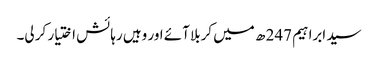
سید ابراہیم 247 ھ میں کربلا آئے اور وہیں رہائش اختیار کر لی۔